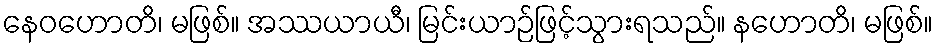
နေဝဟောတိ၊ မဖြစ်။ အဿယာယီ၊ မြင်းယာဉ်ဖြင့်သွားရသည်။ နဟောတိ၊ မဖြစ်။